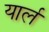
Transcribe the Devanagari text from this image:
यार्ल